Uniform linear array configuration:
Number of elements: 64
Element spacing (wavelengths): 1
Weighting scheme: cosine
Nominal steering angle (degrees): -15
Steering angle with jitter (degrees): -14.618
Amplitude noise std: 0.05
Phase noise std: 0.05

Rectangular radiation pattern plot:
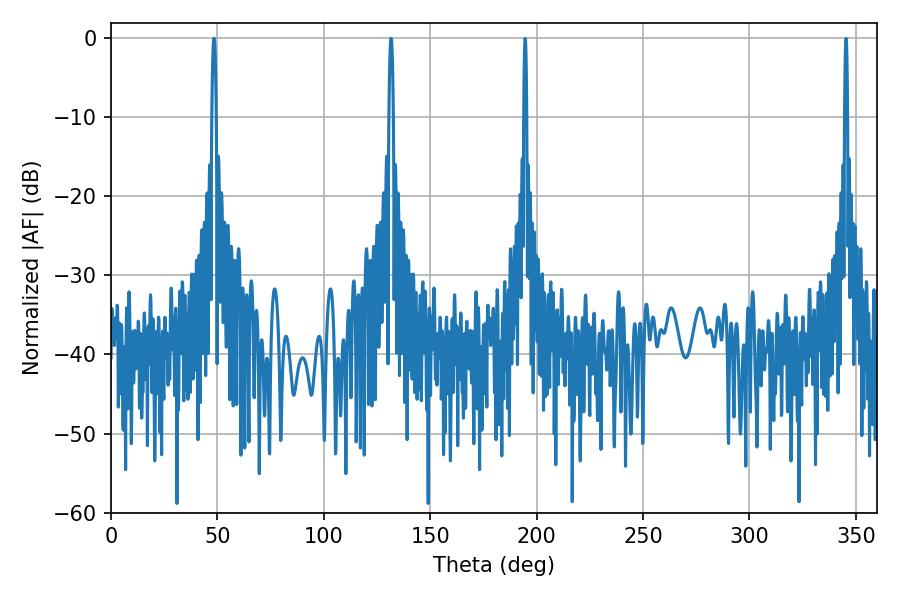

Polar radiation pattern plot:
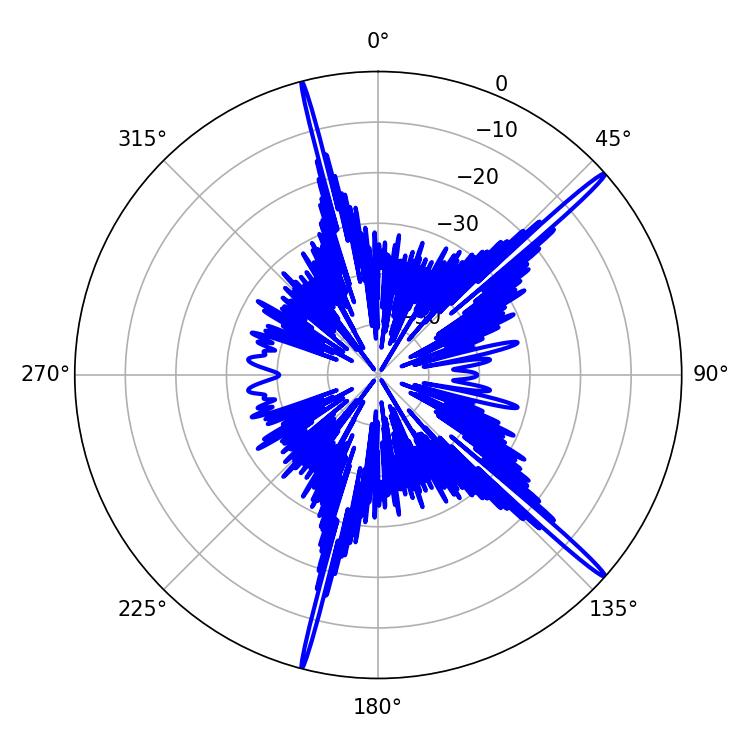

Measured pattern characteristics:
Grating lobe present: TRUE
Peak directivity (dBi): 18.662
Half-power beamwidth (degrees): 1.08
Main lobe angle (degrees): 48.42